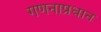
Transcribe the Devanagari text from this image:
गणनाप्रधान